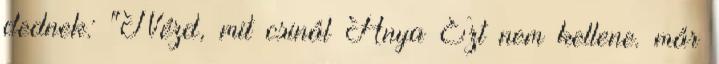
dednek: "Nézd, mit csinál Anya Ezt nem kellene. már